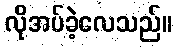
လိုအပ်ခဲ့လေသည်။